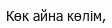
Көк айна көлім,